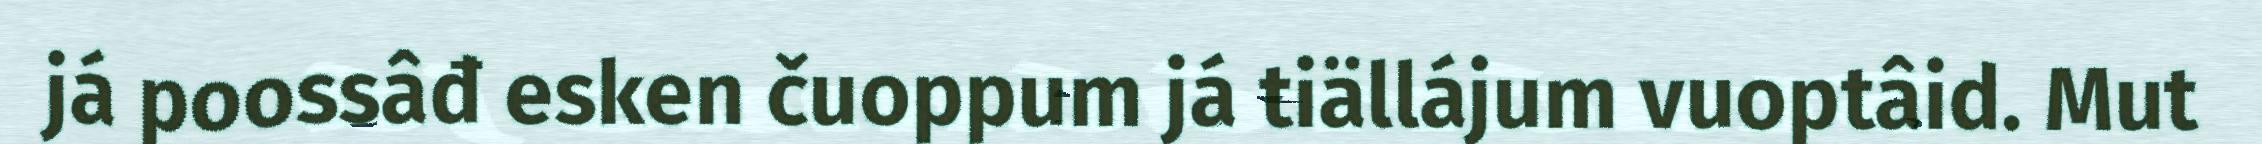
já poossâđ esken čuoppum já tiällájum vuoptâid. Mut